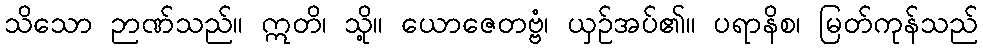
သိသော ဉာဏ်သည်။ ဣတိ၊ သို့။ ယောဇေတဗ္ဗံ၊ ယှဉ်အပ်၏။ ပရာနိစ၊ မြတ်ကုန်သည်